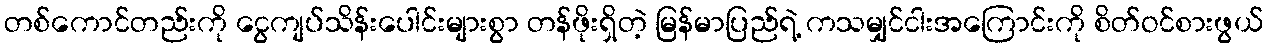
တစ်ကောင်တည်းကို ငွေကျပ်သိန်းပေါင်းများစွာ တန်ဖိုးရှိတဲ့ မြန်မာပြည်ရဲ့ ကသမျှင်ငါးအကြောင်းကို စိတ်ဝင်စားဖွယ်